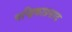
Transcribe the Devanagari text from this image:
चन्द्रिकाप्रसाद